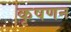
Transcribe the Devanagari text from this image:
कृषणन